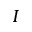
I